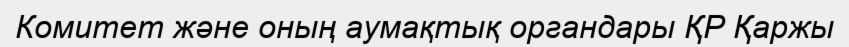
Комитет және оның аумақтық органдары ҚР Қаржы